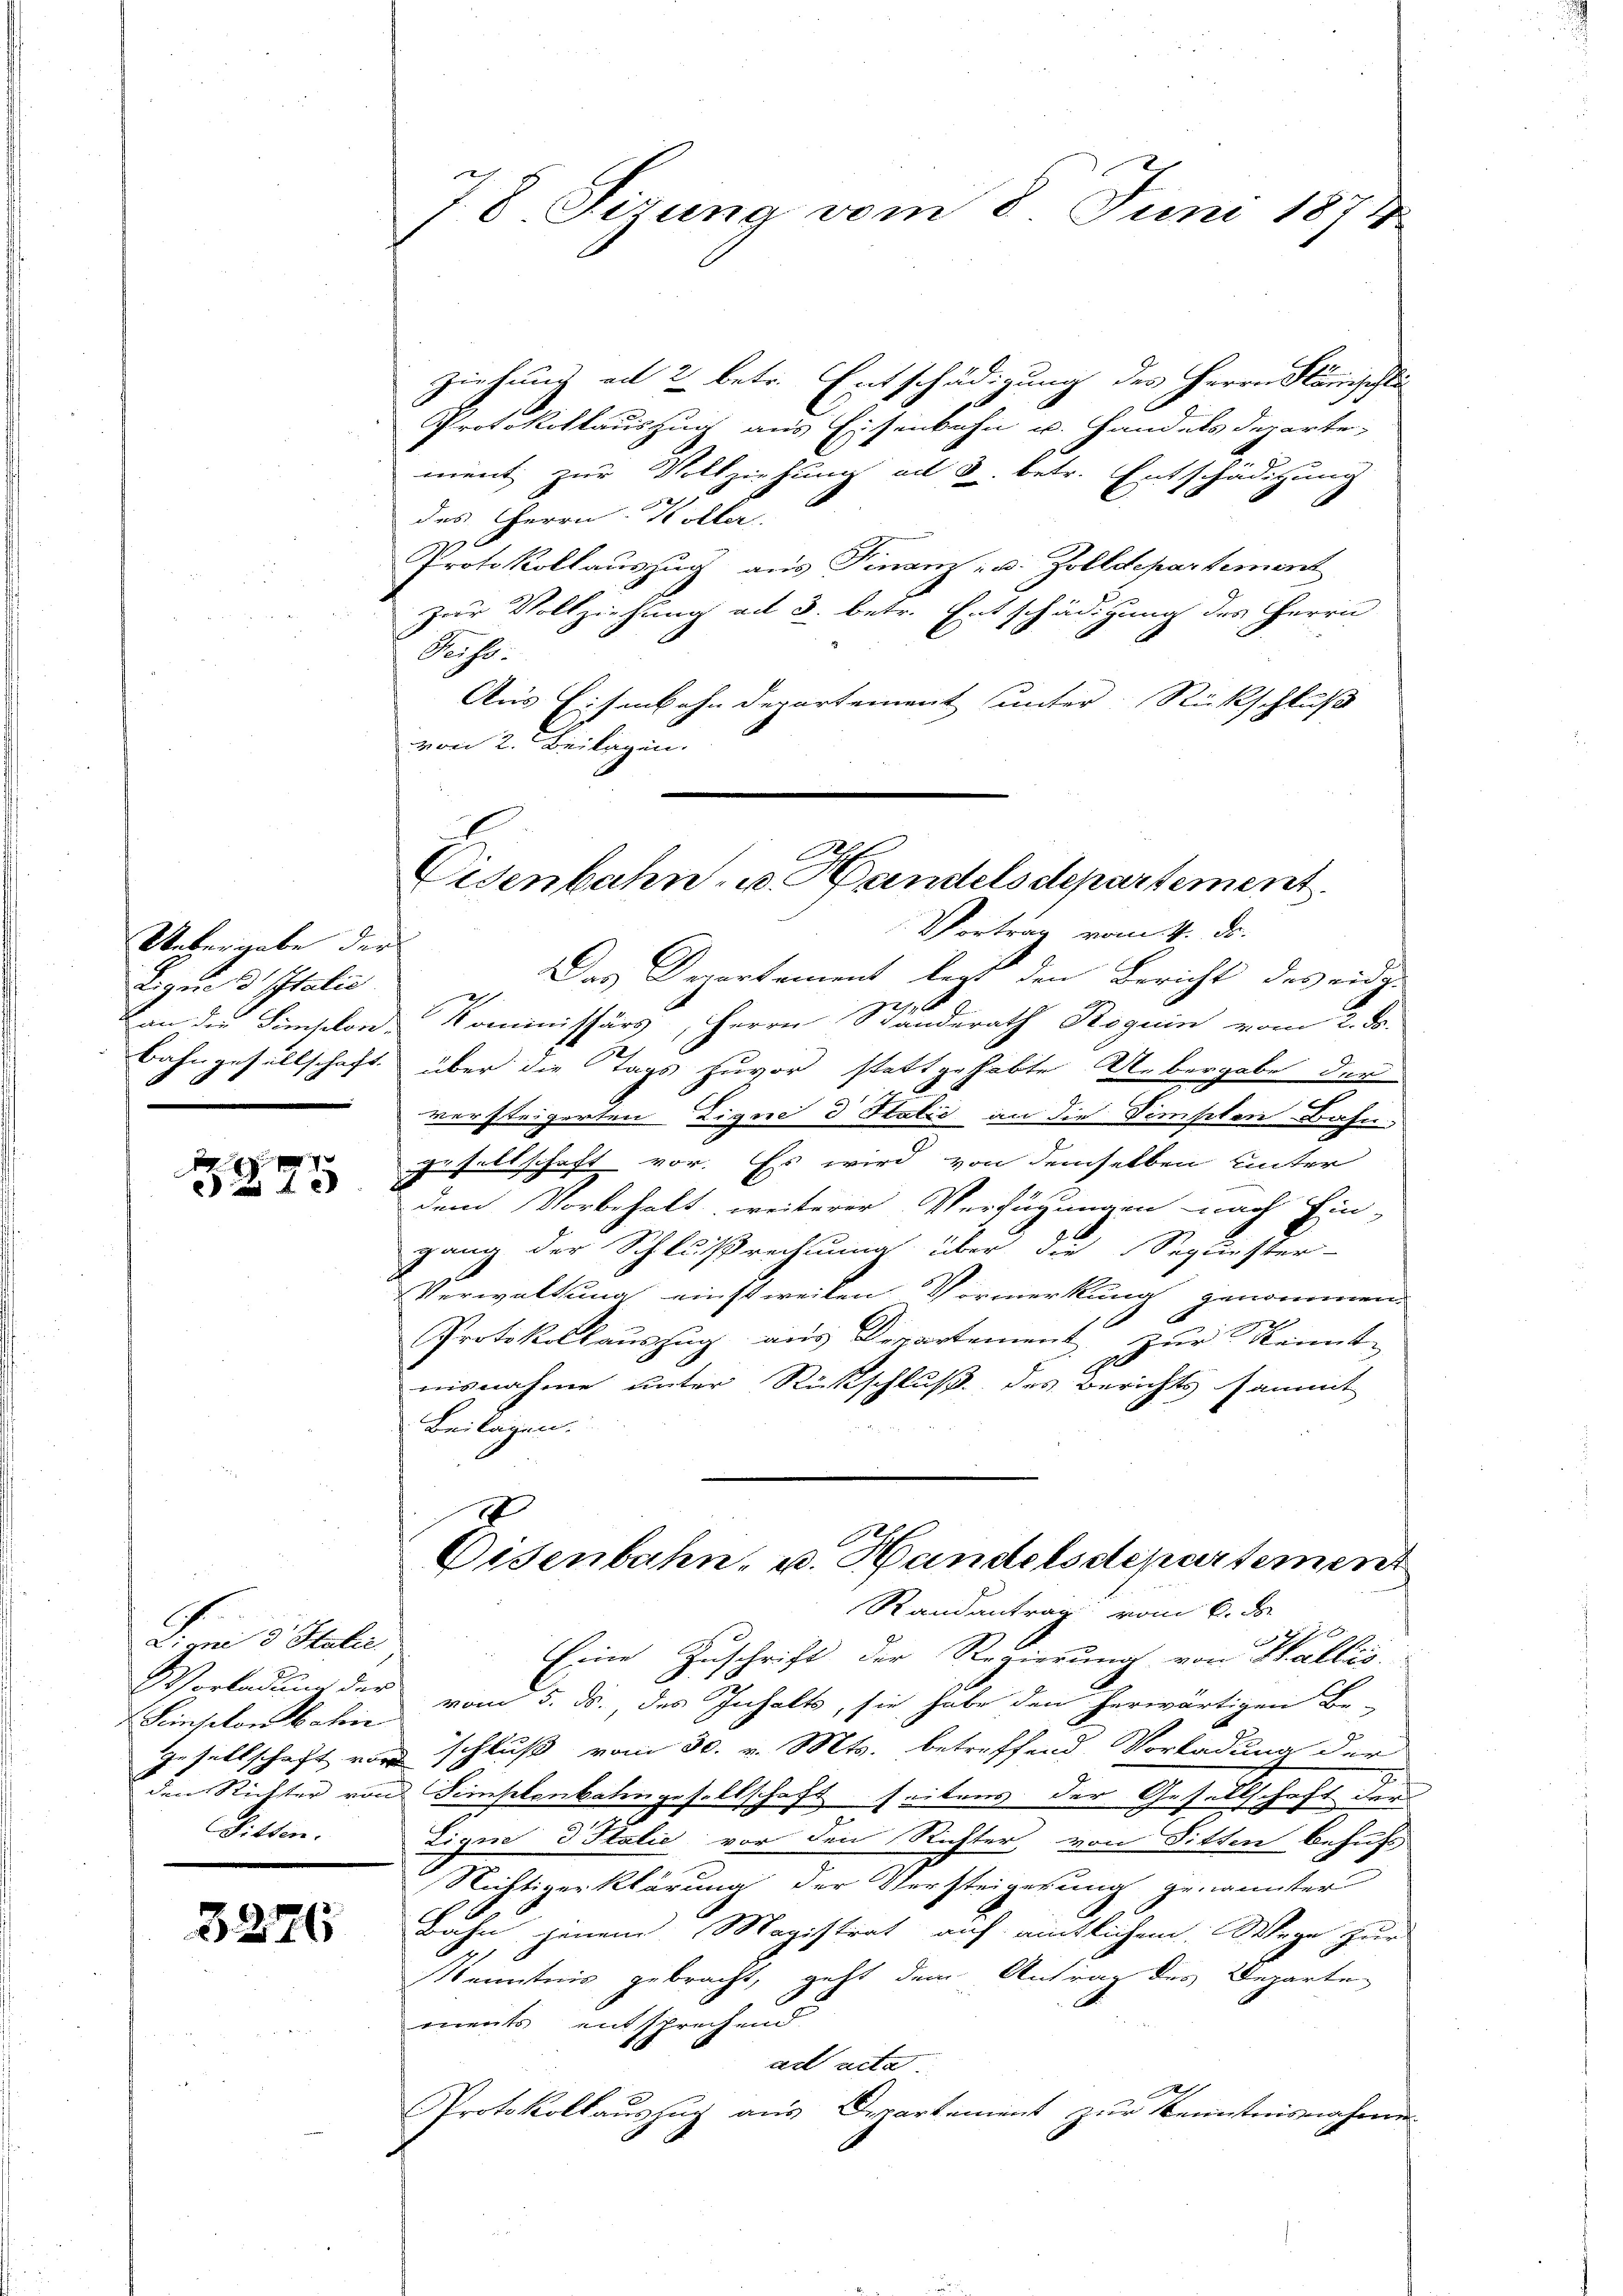
Uebergabe der
Ligues Italie

d
225

Dierm 3. Statir
Seinschon ohne
Sitten.

3226

78 Sizung vom 8. Juni 1874

ziehung an 2 betr. Entschädigung des Herrn Pläncheste
Protokollauszug aus Eisenbahn u. Handels derarte,
ment zur Vollziehung ad 3. betr. Entschädigung
des Herrn. Koller
Protokollauszug aus Finanz- u. Zolldepartement
zur Vollziehung ad 3. betr. Entschädigung des Herrn
Röhl.
Aus Eisenbahndepartement unter Rückschluß
von 2. Beilagen.
Vortrag vom 4. d.
Das Departament legt den Bericht des eidg.
an die Simselon Kommissärs, Herrn Standerath Roguin vom 2. ds.
Bahngesellschaft über die Tags zuvor stattgehabte Uebergabe der
versteigerten Zigni d Statić an die Dimisten Bahn-
gesellschaft vor. Es wird von demselben unter
dem Vorbehalt weiterer Verfügungen nach Ein-
gang der Schlußrechnung über die Sequester-
Verwaltung einstweilen Vormerkung genommen.
7
Protokollauszug aus Departement zur Kennt-
urde eine
nisnahme unter Rückschluß des Berichts sammt
Beilagen.
I
Eisenbahn- u. Handelsdepartement
Randantrag vom 6. ds.

Eine Zuschrift der Regierung von Wallis
Vorladung der vom 5. ds., des Inhalts, sie habe den herwärtigen Be-
Gesellschaft von schluß vom 30. v. Mts. betreffend Vorladung der
den Richter von Simselonbahngesellschaft seitens der Gesellschaft der
Lign d Italie vor den Richter, von Sitten behufs
Nichtigerklärung der Vorsteigerung genannter
Bahn jenem Magistrat auf amtlichem Wege zur
Kenntnis gebracht, geht dem Antrag des Departen
ments entsprechend.
ad acta
Protokollauszug aus Departement zur Kenntnisnahme

Eisenbahn- u. Handelsdepartement.